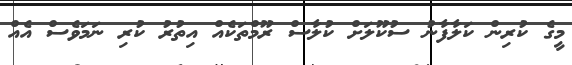
މީގެ ކުރިން ކަލާފާނު ސުކޫލަށް ކުލާސް ރޫމްތަކެއް އިތުރު ކުރި ނަމަވެސް އެއް